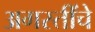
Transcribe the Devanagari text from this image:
अगस्तींचे